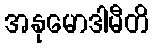
အနုမောဒါမီတိ